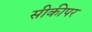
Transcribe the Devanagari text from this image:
सीकीपर